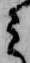
ミ